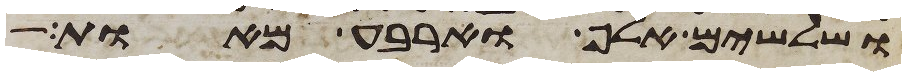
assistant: ושלשים אלף וארבע מאות